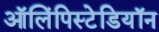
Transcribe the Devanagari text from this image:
ऑलिंपिस्टेडियॉन